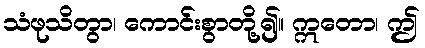
သံဖုသိတွာ၊ ကောင်းစွာတို့၍။ ဣတော၊ ဤ